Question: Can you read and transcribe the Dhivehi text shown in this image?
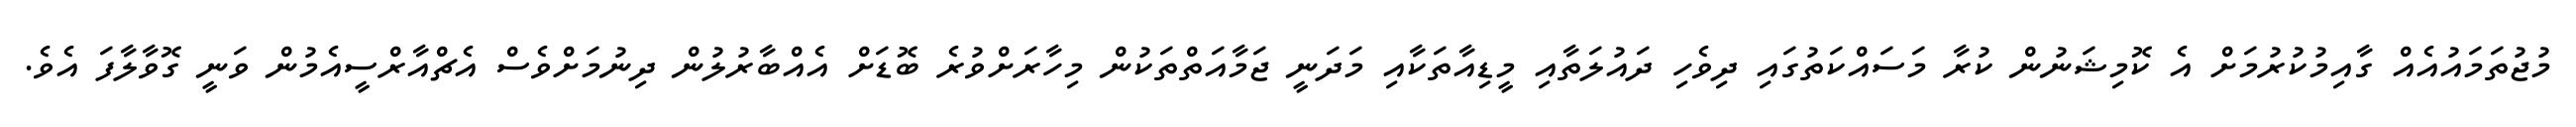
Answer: މުޖުތަމައުއެއް ގާއިމުކުރުމަށް އެ ކޮމިޝަނުން ކުރާ މަސައްކަތުގައި ދިވެހި ދައުލަތާއި މީޑިއާތަކާއި މަދަނީ ޖަމާއަތްތަކުން މިހާރަށްވުރެ ބޮޑަށް އެއްބާރުލުން ދިނުމަށްވެސް އެޗްއާރްސީއެމުން ވަނީ ގޮވާލާފަ އެވެ.